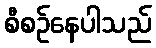
စီစဉ်နေပါသည်